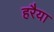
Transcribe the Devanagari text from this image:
हरैया